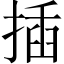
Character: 插